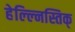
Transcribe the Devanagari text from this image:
हेल्ल्निस्तिक्